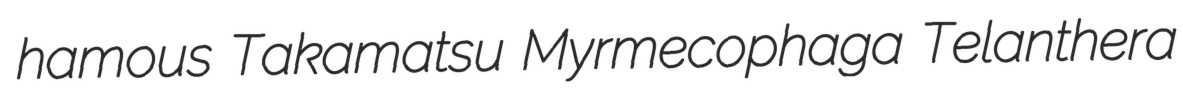
hamous Takamatsu Myrmecophaga Telanthera